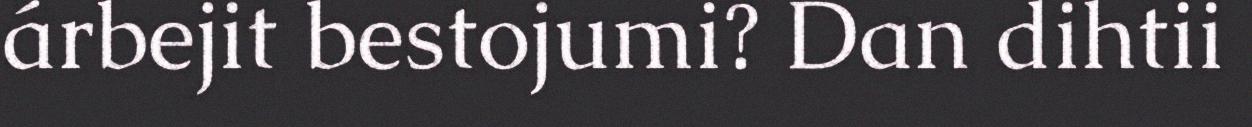
árbejit bestojumi? Dan dihtii